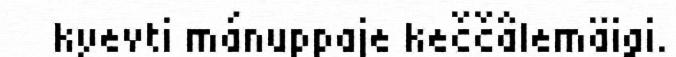
kyevti mánuppaje keččâlemäigi.